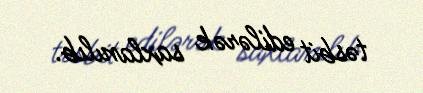
təsbit edilərək saxlanılıb.